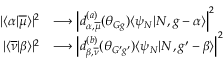
\begin{array} { r l } { | \langle \alpha | \overline { { \mu } } \rangle | ^ { 2 } } & { \longrightarrow \left| d _ { \alpha , \overline { { \mu } } } ^ { ( a ) } ( \theta _ { G g } ) \langle \psi _ { N } | N , g - \alpha \rangle \right| ^ { 2 } } \\ { | \langle \overline { { \nu } } | \beta \rangle | ^ { 2 } } & { \longrightarrow \left| d _ { \beta , \overline { { \nu } } } ^ { ( b ) } ( \theta _ { G ^ { \prime } g ^ { \prime } } ) \langle \psi _ { N } | N , g ^ { \prime } - \beta \rangle \right| ^ { 2 } } \end{array}